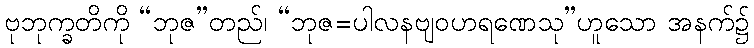
ဗုဘုက္ခတိကို “ဘုဇ”တည်၊ “ဘုဇ=ပါလနဗျဝဟရဏေသု”ဟူသော အနက်၌